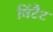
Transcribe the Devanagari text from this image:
विंटैट